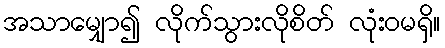
အသာမျှော၍ လိုက်သွားလိုစိတ် လုံးဝမရှိ။